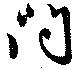
問